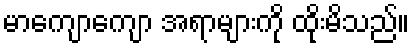
မာကျောကျော အရာများကို ထိုးမိသည်။